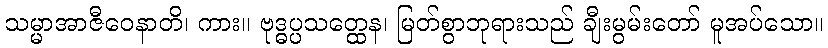
သမ္မာအာဇီဝေနာတိ၊ ကား။ ဗုဒ္ဓပ္ပသတ္ထေန၊ မြတ်စွာဘုရားသည် ချီးမွမ်းတော် မူအပ်သော။